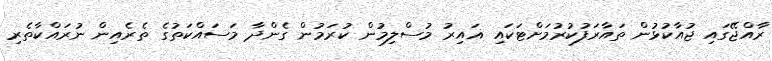
ރާއްޖޭގައި ޖުއާކުޅުން ތައާރަފުކުރުމަށްޓަކައި ޣައިރު މުސްލިމުން ކުރަމުން ގެންދާ މަސައްކަތުގެ ތެރެއިން ނުރައްކާތެރި